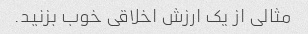
مثالی از یک ارزش اخلاقی خوب بزنید.